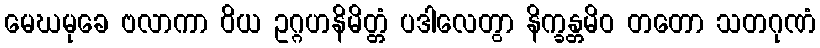
မေဃမုခေ ဗလာကာ ဝိယ ဥဂ္ဂဟနိမိတ္တံ ပဒါလေတွာ နိက္ခန္တမိဝ တတော သတဂုဏံ